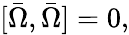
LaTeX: [\bar{\Omega},\bar{\Omega}]=0,